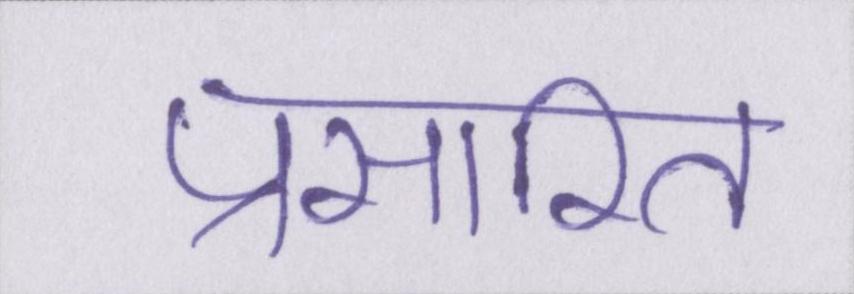
प्रसारित